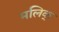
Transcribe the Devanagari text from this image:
मलिक्